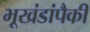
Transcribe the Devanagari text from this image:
भूखंडांपैकी